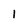
Character: 1